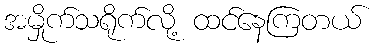
အမှိုက်သရိုက်လို့ ထင်နေကြတယ်